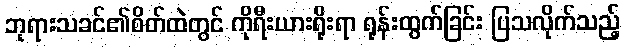
ဘုရားသခင်၏စိတ်ထဲတွင် ကိုရီးယားရိုးရာ ရုန်းထွက်ခြင်း ပြသလိုက်သည့်